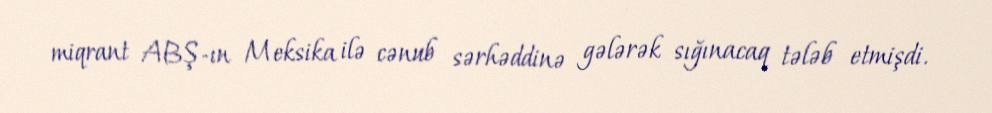
miqrant ABŞ-ın Meksika ilə cənub sərhəddinə gələrək sığınacaq tələb etmişdi.